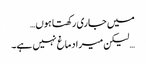
میں جاری رکھتا ہوں…
… لیکن میرا دماغ نہیں ہے۔